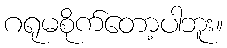
ဂရုမစိုက်တော့ပါဘူး။